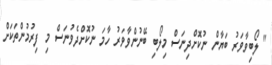
" ލޯބިވާވަރު ބަޔާން ނުކޮށްދިނަސް މިލޯބި ބޭނުންވާވަރު ހާމަ ނުކޮށްދެވުނަސް މި ފިރުމުންތަކަށް